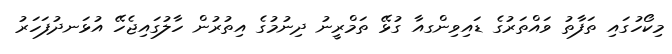
މިކޯހުގައި ތަފާތު ވައްތަރުގެ ޑައިވިންގއާ ގުޅޭ ތަމްރީނު ދިނުމުގެ އިތުރުން ހާލުގައިޖެހޭ އުޅަނދުފަހަރު